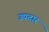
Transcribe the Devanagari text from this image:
उपदार